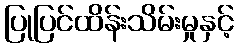
ပြုပြင်ထိန်းသိမ်းမှုနှင့်